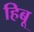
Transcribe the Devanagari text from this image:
हिबू